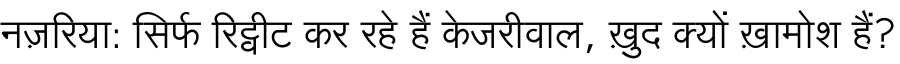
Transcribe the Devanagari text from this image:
नज़रिया: सिर्फ रिट्वीट कर रहे हैं केजरीवाल, ख़ुद क्यों ख़ामोश हैं?